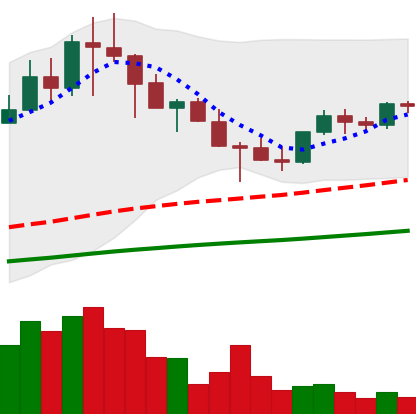
Ticker: TRX-USD
Chart end date: 2021-05-01
Forward return: 15.762%
Label: up_7plus